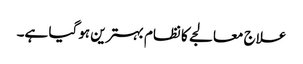
علاج معالجے کا نظام بہترین ہوگیا ہے۔